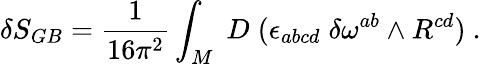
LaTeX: \delta S_{GB}={\frac{1}{16\pi^{2}}}\int_{M}\; D\; (\epsilon_{abcd}\; \delta\omega^{ab}\wedge R^{cd})\ .